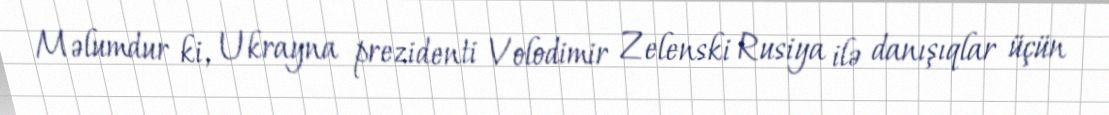
Məlumdur ki, Ukrayna prezidenti Volodimir Zelenski Rusiya ilə danışıqlar üçün